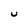
Character: U